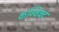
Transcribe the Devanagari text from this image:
कन्विक्ट